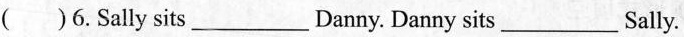
()6.Sally sits___Danny.Danny sits___Sally.